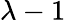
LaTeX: \lambda-1